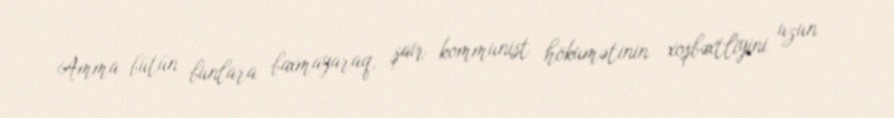
Amma bütün bunlara baxmayaraq, şair kommunist hökumətinin xoşbəxtliyini uzun